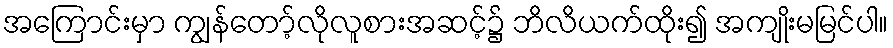
အကြောင်းမှာ ကျွန်တော့်လိုလူစားအဆင့်၌ ဘိလိယက်ထိုး၍ အကျိုးမမြင်ပါ။